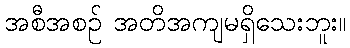
အစီအစဉ် အတိအကျမရှိသေးဘူး။